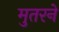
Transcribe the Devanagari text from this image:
मुतरने